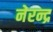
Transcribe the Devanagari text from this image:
नेरन्द्र